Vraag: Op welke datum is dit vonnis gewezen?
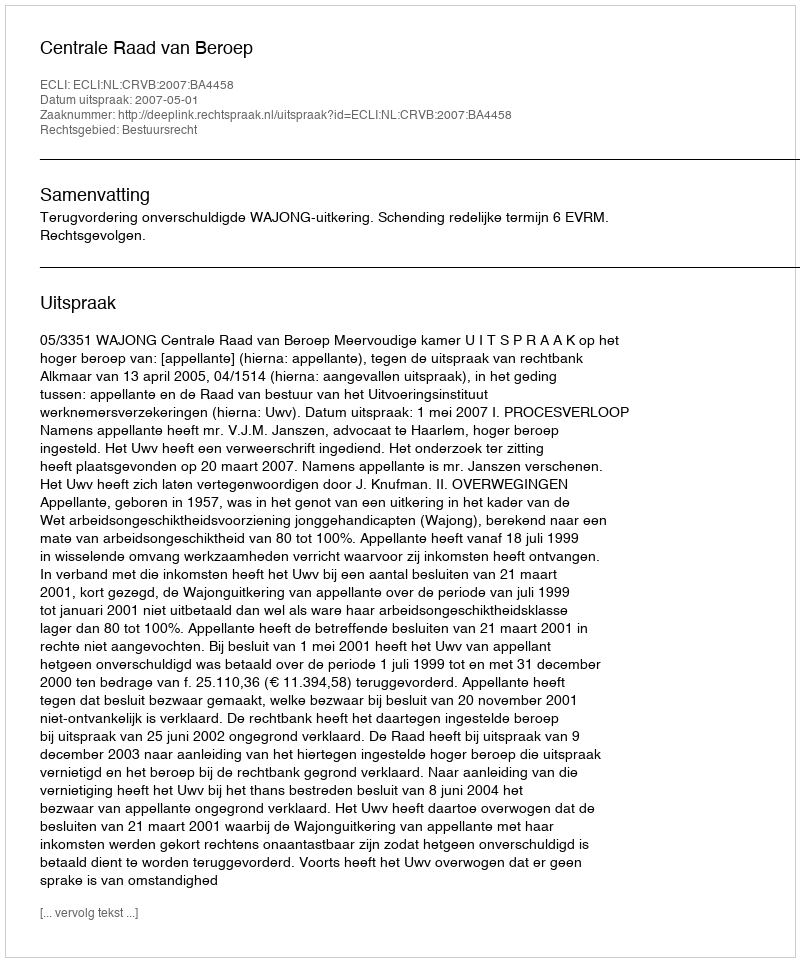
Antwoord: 2007-05-01